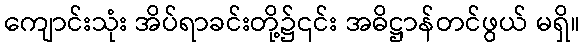
ကျောင်းသုံး အိပ်ရာခင်းတို့၌၎င်း အဓိဋ္ဌာန်တင်ဖွယ် မရှိ။